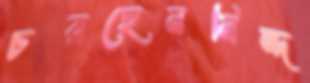
চরছেননিন্দ